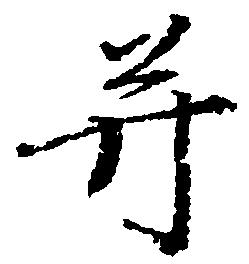
弁